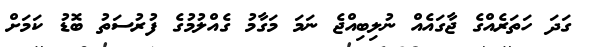
ގަދަ ހަތަރެއްގެ ޖާގައެއް ނުލިބިއްޖެ ނަމަ މަގާމު ގެއްލުމުގެ ފުރުސަތު ބޮޑު ކަމަށް